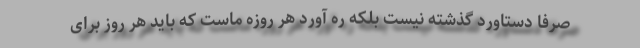
صرفا دستاورد گذشته نیست بلکه ره آورد هر روزه ماست که باید هر روز برای